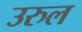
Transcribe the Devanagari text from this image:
उरुल